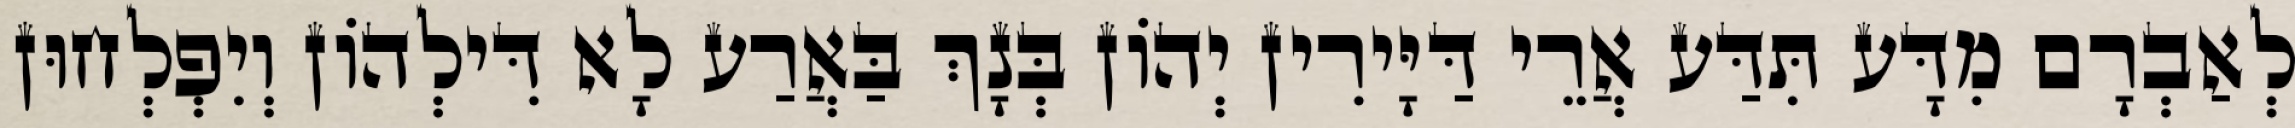
לְאַבְרָם מִדָּע תִּדַּע אֲרֵי דַּיָּירִין יְהוֹן בְּנָךְ בַּאֲרַע לָא דִּילְהוֹן וְיִפְלְחוּן